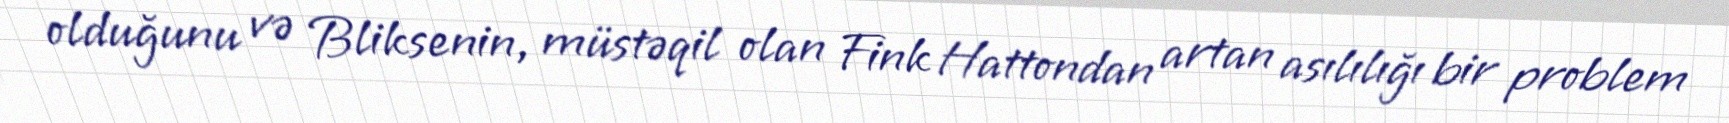
olduğunu və Bliksenin, müstəqil olan Fink Hattondan artan asılılığı bir problem